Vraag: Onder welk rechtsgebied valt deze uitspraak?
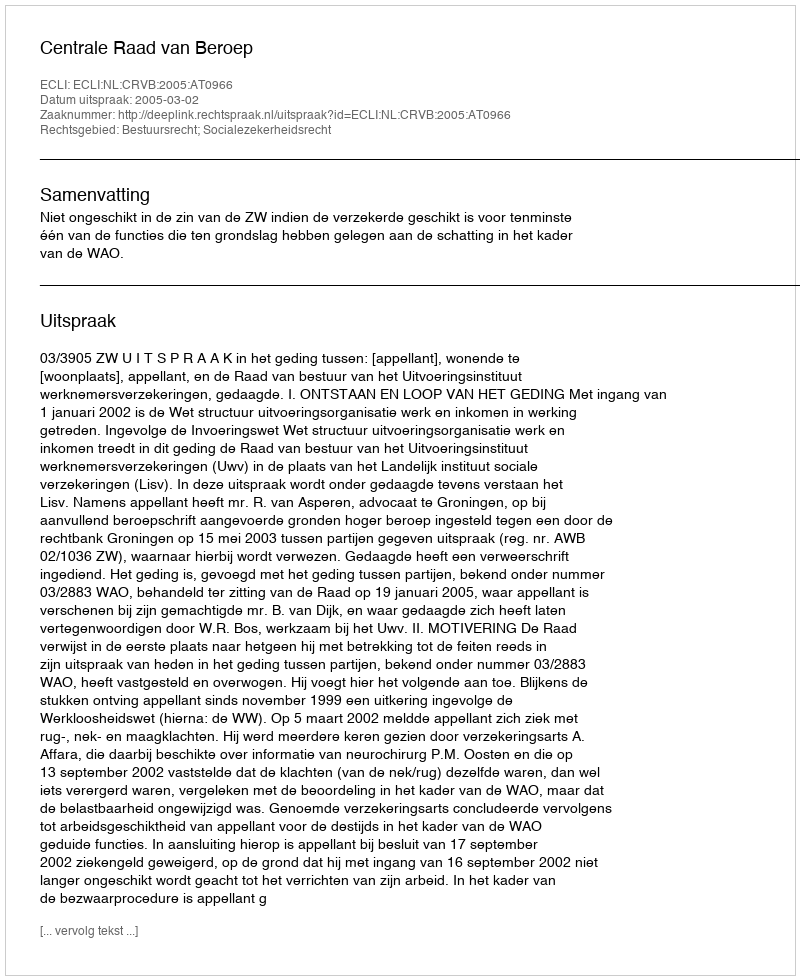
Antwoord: Bestuursrecht; Socialezekerheidsrecht